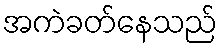
အကဲခတ်နေသည်